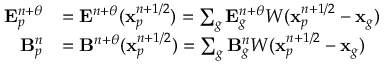
\begin{array} { r l } { \mathbf { E } _ { p } ^ { n + \theta } } & { = \mathbf { E } ^ { n + \theta } ( \mathbf { x } _ { p } ^ { n + 1 / 2 } ) = \sum _ { g } \mathbf { E } _ { g } ^ { n + \theta } W ( \mathbf { x } _ { p } ^ { n + 1 / 2 } - \mathbf { x } _ { g } ) } \\ { \mathbf { B } _ { p } ^ { n } } & { = \mathbf { B } ^ { n + \theta } ( \mathbf { x } _ { p } ^ { n + 1 / 2 } ) = \sum _ { g } \mathbf { B } _ { g } ^ { n } W ( \mathbf { x } _ { p } ^ { n + 1 / 2 } - \mathbf { x } _ { g } ) } \end{array}